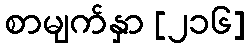
စာမျက်နှာ [၂၁၆]